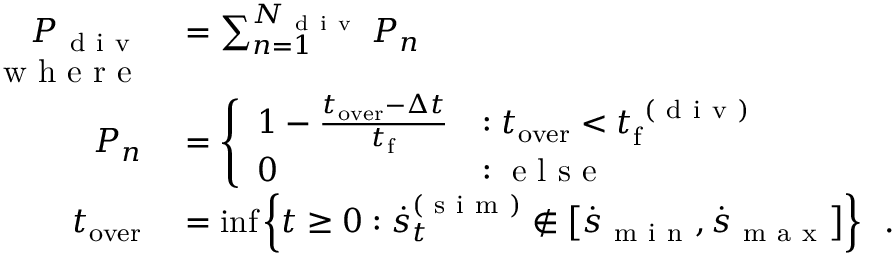
\begin{array} { r l } { P _ { \mathrm { ~ d ~ i ~ v ~ } } } & { { } = \sum _ { n = 1 } ^ { N _ { \mathrm { ~ d ~ i ~ v ~ } } } P _ { n } } \\ { \mathrm { ~ w ~ h ~ e ~ r ~ e ~ } } \\ { P _ { n } } & { { } = \left\{ \begin{array} { l l } { 1 - \frac { t _ { \mathrm { o v e r } } - \Delta t } { t _ { \mathrm { f } } } } & { : t _ { \mathrm { o v e r } } < t _ { \mathrm { f } } ^ { \mathrm { ~ ( ~ d ~ i ~ v ~ ) ~ } } } \\ { 0 } & { : \mathrm { ~ e ~ l ~ s ~ e ~ } } \end{array} \right. } \\ { t _ { \mathrm { o v e r } } } & { { } = \operatorname* { i n f } \left\{ t \geq 0 : \boldsymbol { \dot { s } } _ { t } ^ { ( \mathrm { ~ s ~ i ~ m ~ } ) } \not \in \left[ \dot { \boldsymbol { s } } _ { \mathrm { ~ m ~ i ~ n ~ } } , \dot { \boldsymbol { s } } _ { \mathrm { ~ m ~ a ~ x ~ } } \right] \right\} \enspace . } \end{array}